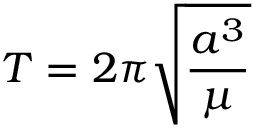
T = 2 \pi { \sqrt { \frac { a ^ { 3 } } { \mu } } }